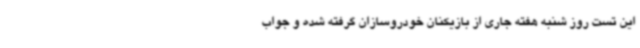
این تست روز شنبه هفته جاری از بازیکنان خودروسازان گرفته شده و جواب‌